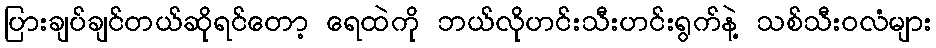
ပြားချပ်ချင်တယ်ဆိုရင်တော့ ရေထဲကို ဘယ်လိုဟင်းသီးဟင်းရွက်နဲ့ သစ်သီးဝလံများ